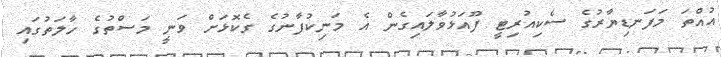
އުއްތަ މަފަނޑިޔާރުގެ ސެކިއުރިޓީ ފޫއަޅުވާލައިގެން އެ މަނިކުފާނުގެ ގެކޮޅަށް ވަނީ މަސްތުގެ ހާލަތުގައި